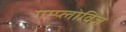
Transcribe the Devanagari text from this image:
गम्प्लोविज़